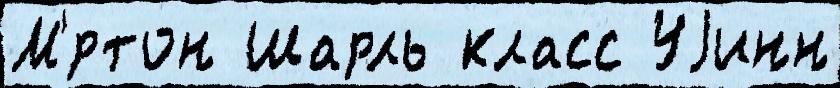
М'́ртон Шарль класс Уjинн